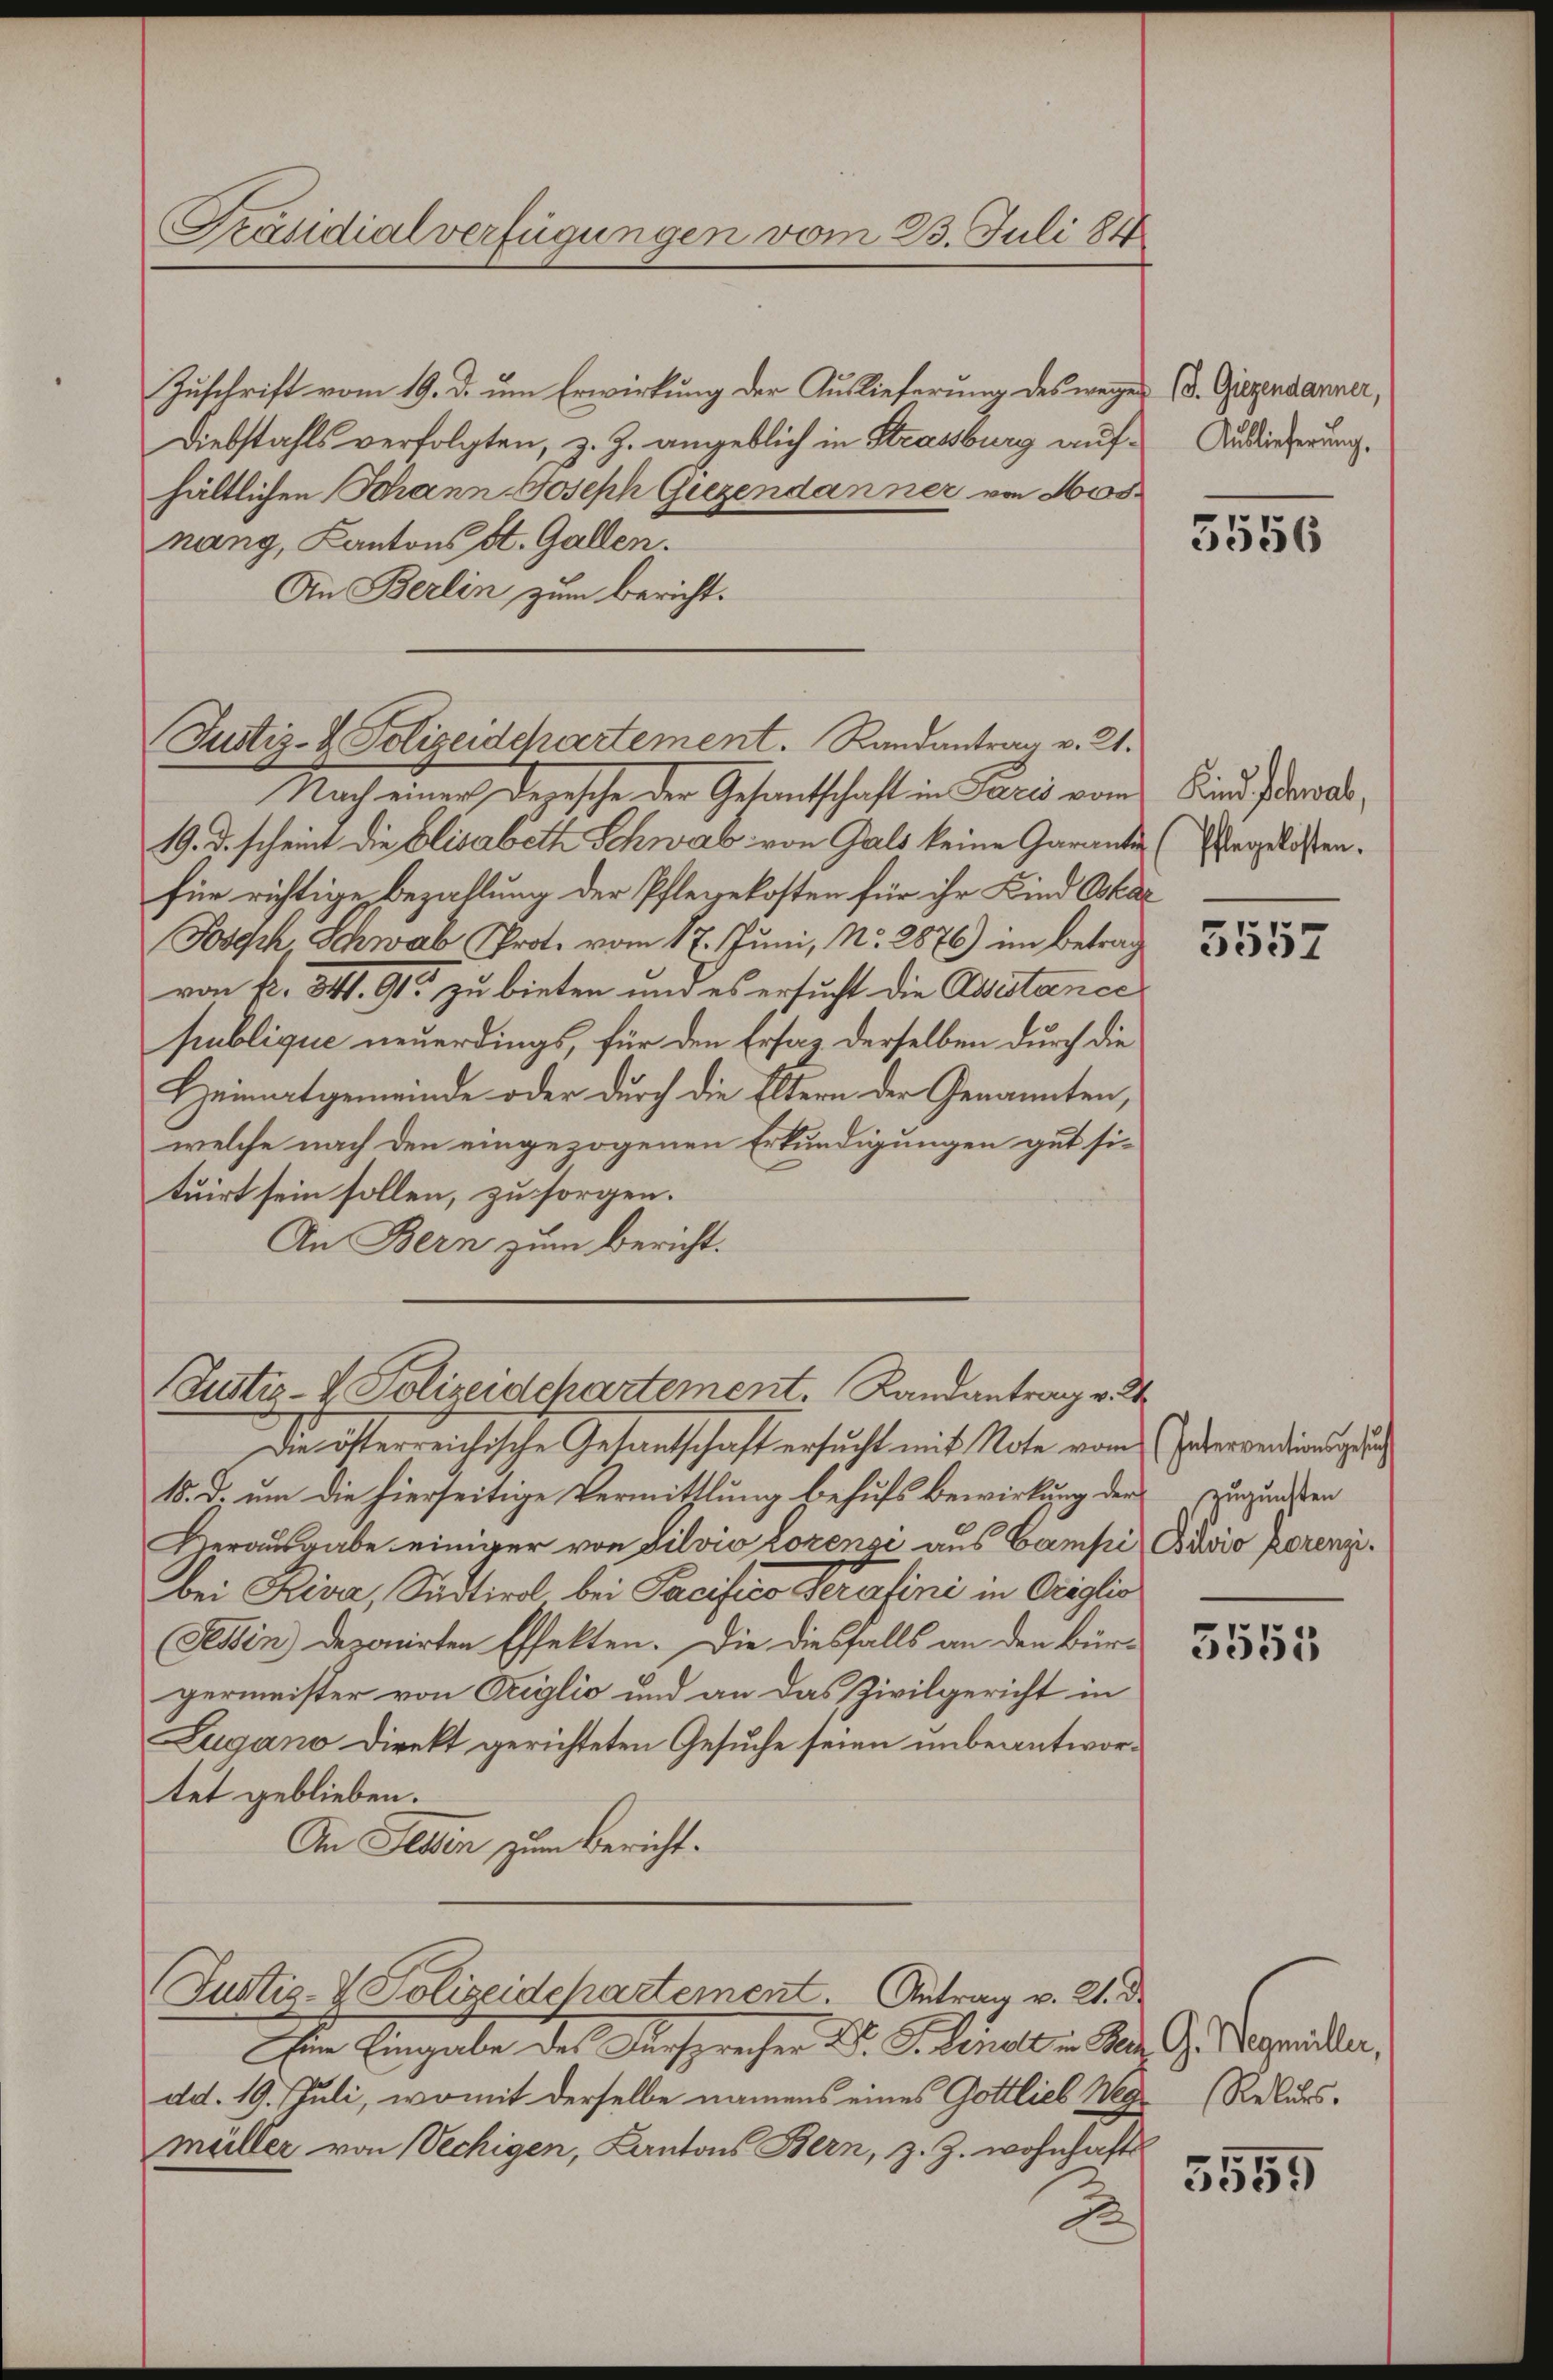
Zuschrift vom 19. d. um Erwirkung der Auslieferung des wegen (d. Gegendanner,
Diebstahls verfolgten, z. Z. angeblich in Strassburg aufhältlichen Johann Joseph Giezendanner von Mos
nang, Kantons St. Gallen.
An Berlin zum bericht.

Nach einer Depesche der Gesantschaft in Paris vom Kind Jowal¬
19. d. scheint die Elisabeth Schwab von Gals keine Garante (Argelassen.
für richtige Bezahlung der Pflegekosten für ihr Kind Okar
Josych Schwab Prot. vom 17. Juni, No. 2876) im Betrag
von fl. 341. 91. zu bieten und es ersucht die Ausstance
publique neuerdings, für den Ersaz derselben durch die
Heimatgemeinde oder durch die Eltern der Genannten,
welche nach den eingezogenen Erkundigungen gut situirt sein sollen, zu sorgen.
An Bern zum Bericht.

Präsidialverfügungen vom 23. Juli 184

Justiz- & Polizeidepartement. Randantrag v. 21.

Justiz- & Polizeidchartement. Landantrag v. 2

15. d. um die hierseitige Vermittlung behufs Bewirkung der zugunsten
Herausgabe einiger von Silvio Lorensi aus Campi, Cuvio Prorenzibei Riser, Südtirol bei Pacifico Perafini in Origlio
Tessin deponirten Effekten. Die diesfalls an den Bür-
germeister von Origlio und an das Zivilgericht in
Zugano Direkt gerichteten Gesuche seien unbeantwortet geblieben.
An Jeden zum Bericht.
Justiz- & Polizeidepartement. Antrag v. 21. d.
Ihre Eingabe des Ansprecher Dr. G. Knall in St. G. Begründen,
dd. 19. Juli, womit derselbe namens eines Gottlieb Weg Rekursmüller von Vechigen, Kantons Bern, z. Z. wohnhafts

Die österreichische Gesantschaft ersŭcht mit Note vom verwendigung d

Auslieferung.

5556

5557

3555

5559